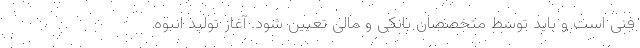
فنی است و باید توسط متخصصان بانکی و مالی تعیین شود. آغاز تولید انبوه